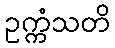
ဥက္ကံသတိ